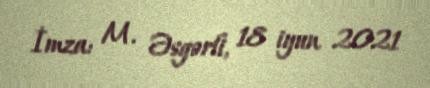
İmza: M. Əsgərli, 18 iyun 2021